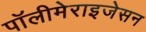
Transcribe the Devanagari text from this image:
पॉलीमेराइजेसन